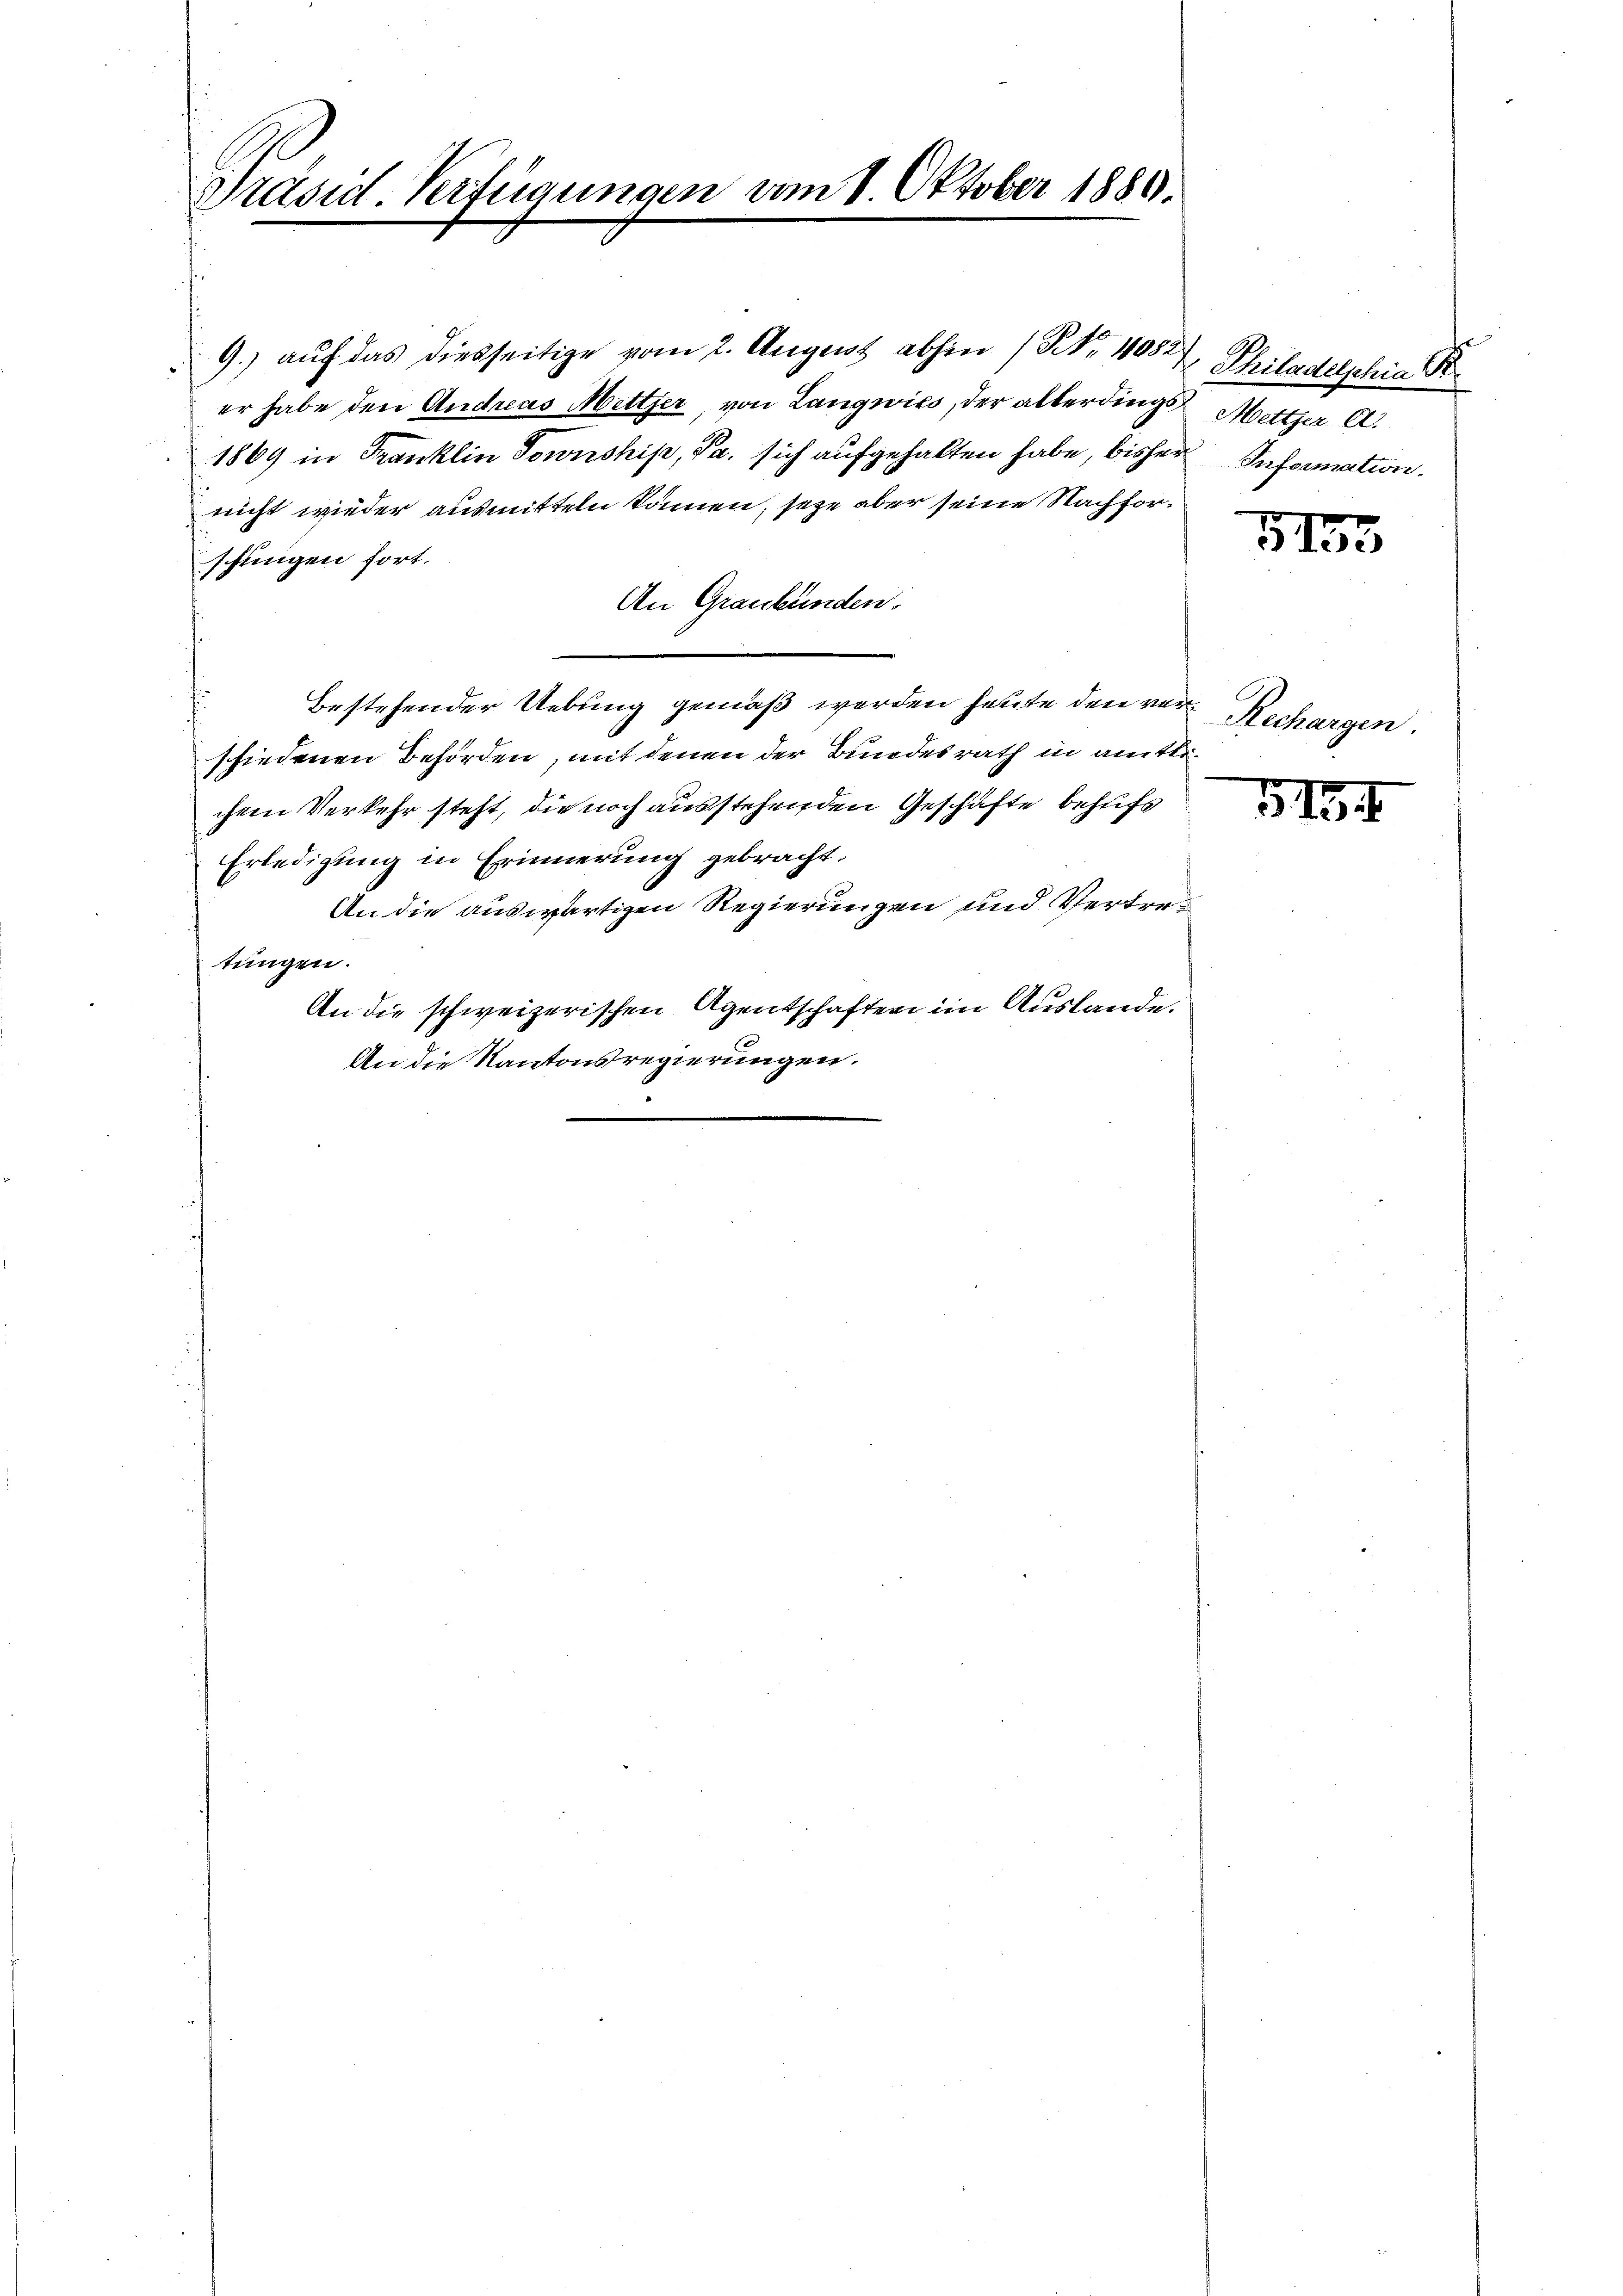
Präsid. Verfügungen vom 1. Oktober 1889.

9.) auf das diesseitige vom 2. August abhin (Nr. 40527, Philadetschie K.
er habe den Andreas Metter, von Langwies, der allerdings Metter C.
1869 in Franklin Township, Pa. sich aufgehalten habe, bisher Information.
nicht wieder ausmitteln können, seye aber seine Nachforschungen fort.
An Graubünden.
bestehender Uebung gemäß werden heute den verschiedenen Behörden, mit denen der Bundesrath in amtlichem Verkehr steht, die noch ausstehenden Geschäfte behufs
Erledigung in Erinnerung gebracht.
An die auswärtigen Regierungen und Vertretungen.
An die schweizerischen Agentschafter im Auslande.
An die Kantonsregierungen.

G,155

Rechargen

5434